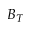
B _ { T }